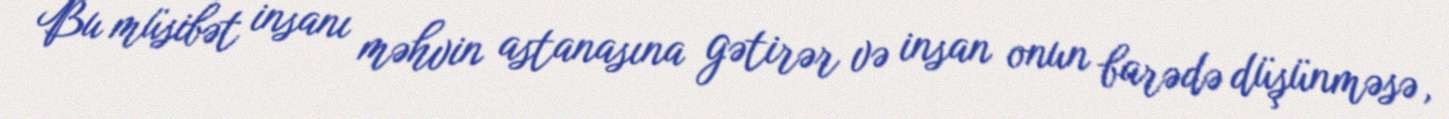
Bu müsibət insanı məhvin astanasına gətirər və insan onun barədə düşünməsə,